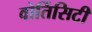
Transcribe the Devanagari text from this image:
वोर्तिसिटी